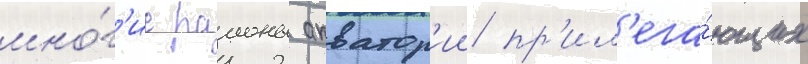
мно́г'ие раионы акватор'ии пр'ил'ега́ющих